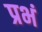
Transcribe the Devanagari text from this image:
प्रभं